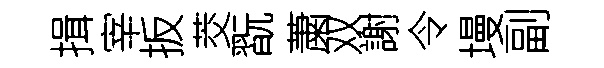
揖宰扳茭翫䔥双謝令墁副